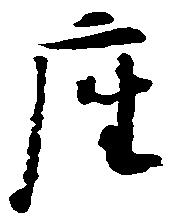
座